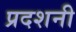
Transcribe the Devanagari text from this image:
प्रदशनी